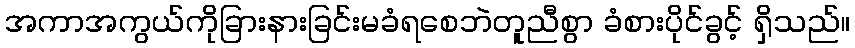
အကာအကွယ်ကိုခြားနားခြင်းမခံရစေဘဲတူညီစွာ ခံစားပိုင်ခွင့် ရှိသည်။